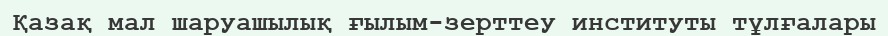
Қазақ мал шаруашылық ғылым-зерттеу институты тұлғалары